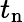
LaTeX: t_{\mathrm{n}}